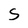
Character: s